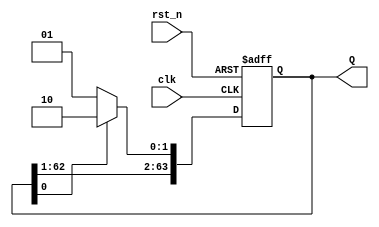
module JC_counter (
  input clk,
  input rst_n,
  output reg [63:0] Q
);

  always @(posedge clk or negedge rst_n) begin
    if (~rst_n) begin
      Q <= 64'b0;
    end else begin
      if (Q[0] == 1'b0) begin
        Q <= {Q[62:0], 1'b1};
      end else begin
        Q <= {Q[62:0], 1'b0};
      end
    end
  end

endmodule